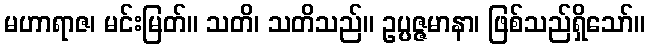
မဟာရာဇ၊ မင်းမြတ်။ သတိ၊ သတိသည်။ ဥပ္ပဇ္ဇမာနာ၊ ဖြစ်သည်ရှိသော်။